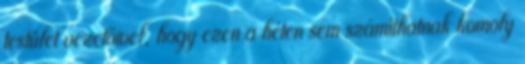
testület vezetőivel, hogy ezen a héten sem számíthatnak komoly